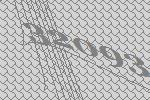
32093